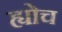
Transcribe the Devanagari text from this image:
ह्योच